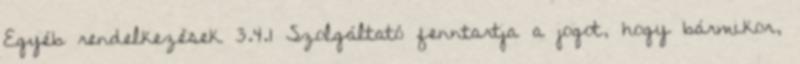
Egyéb rendelkezések 3.4.1 Szolgáltató fenntartja a jogot, hogy bármikor,